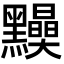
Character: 𪒾